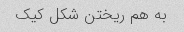
به هم ریختن شکل کیک